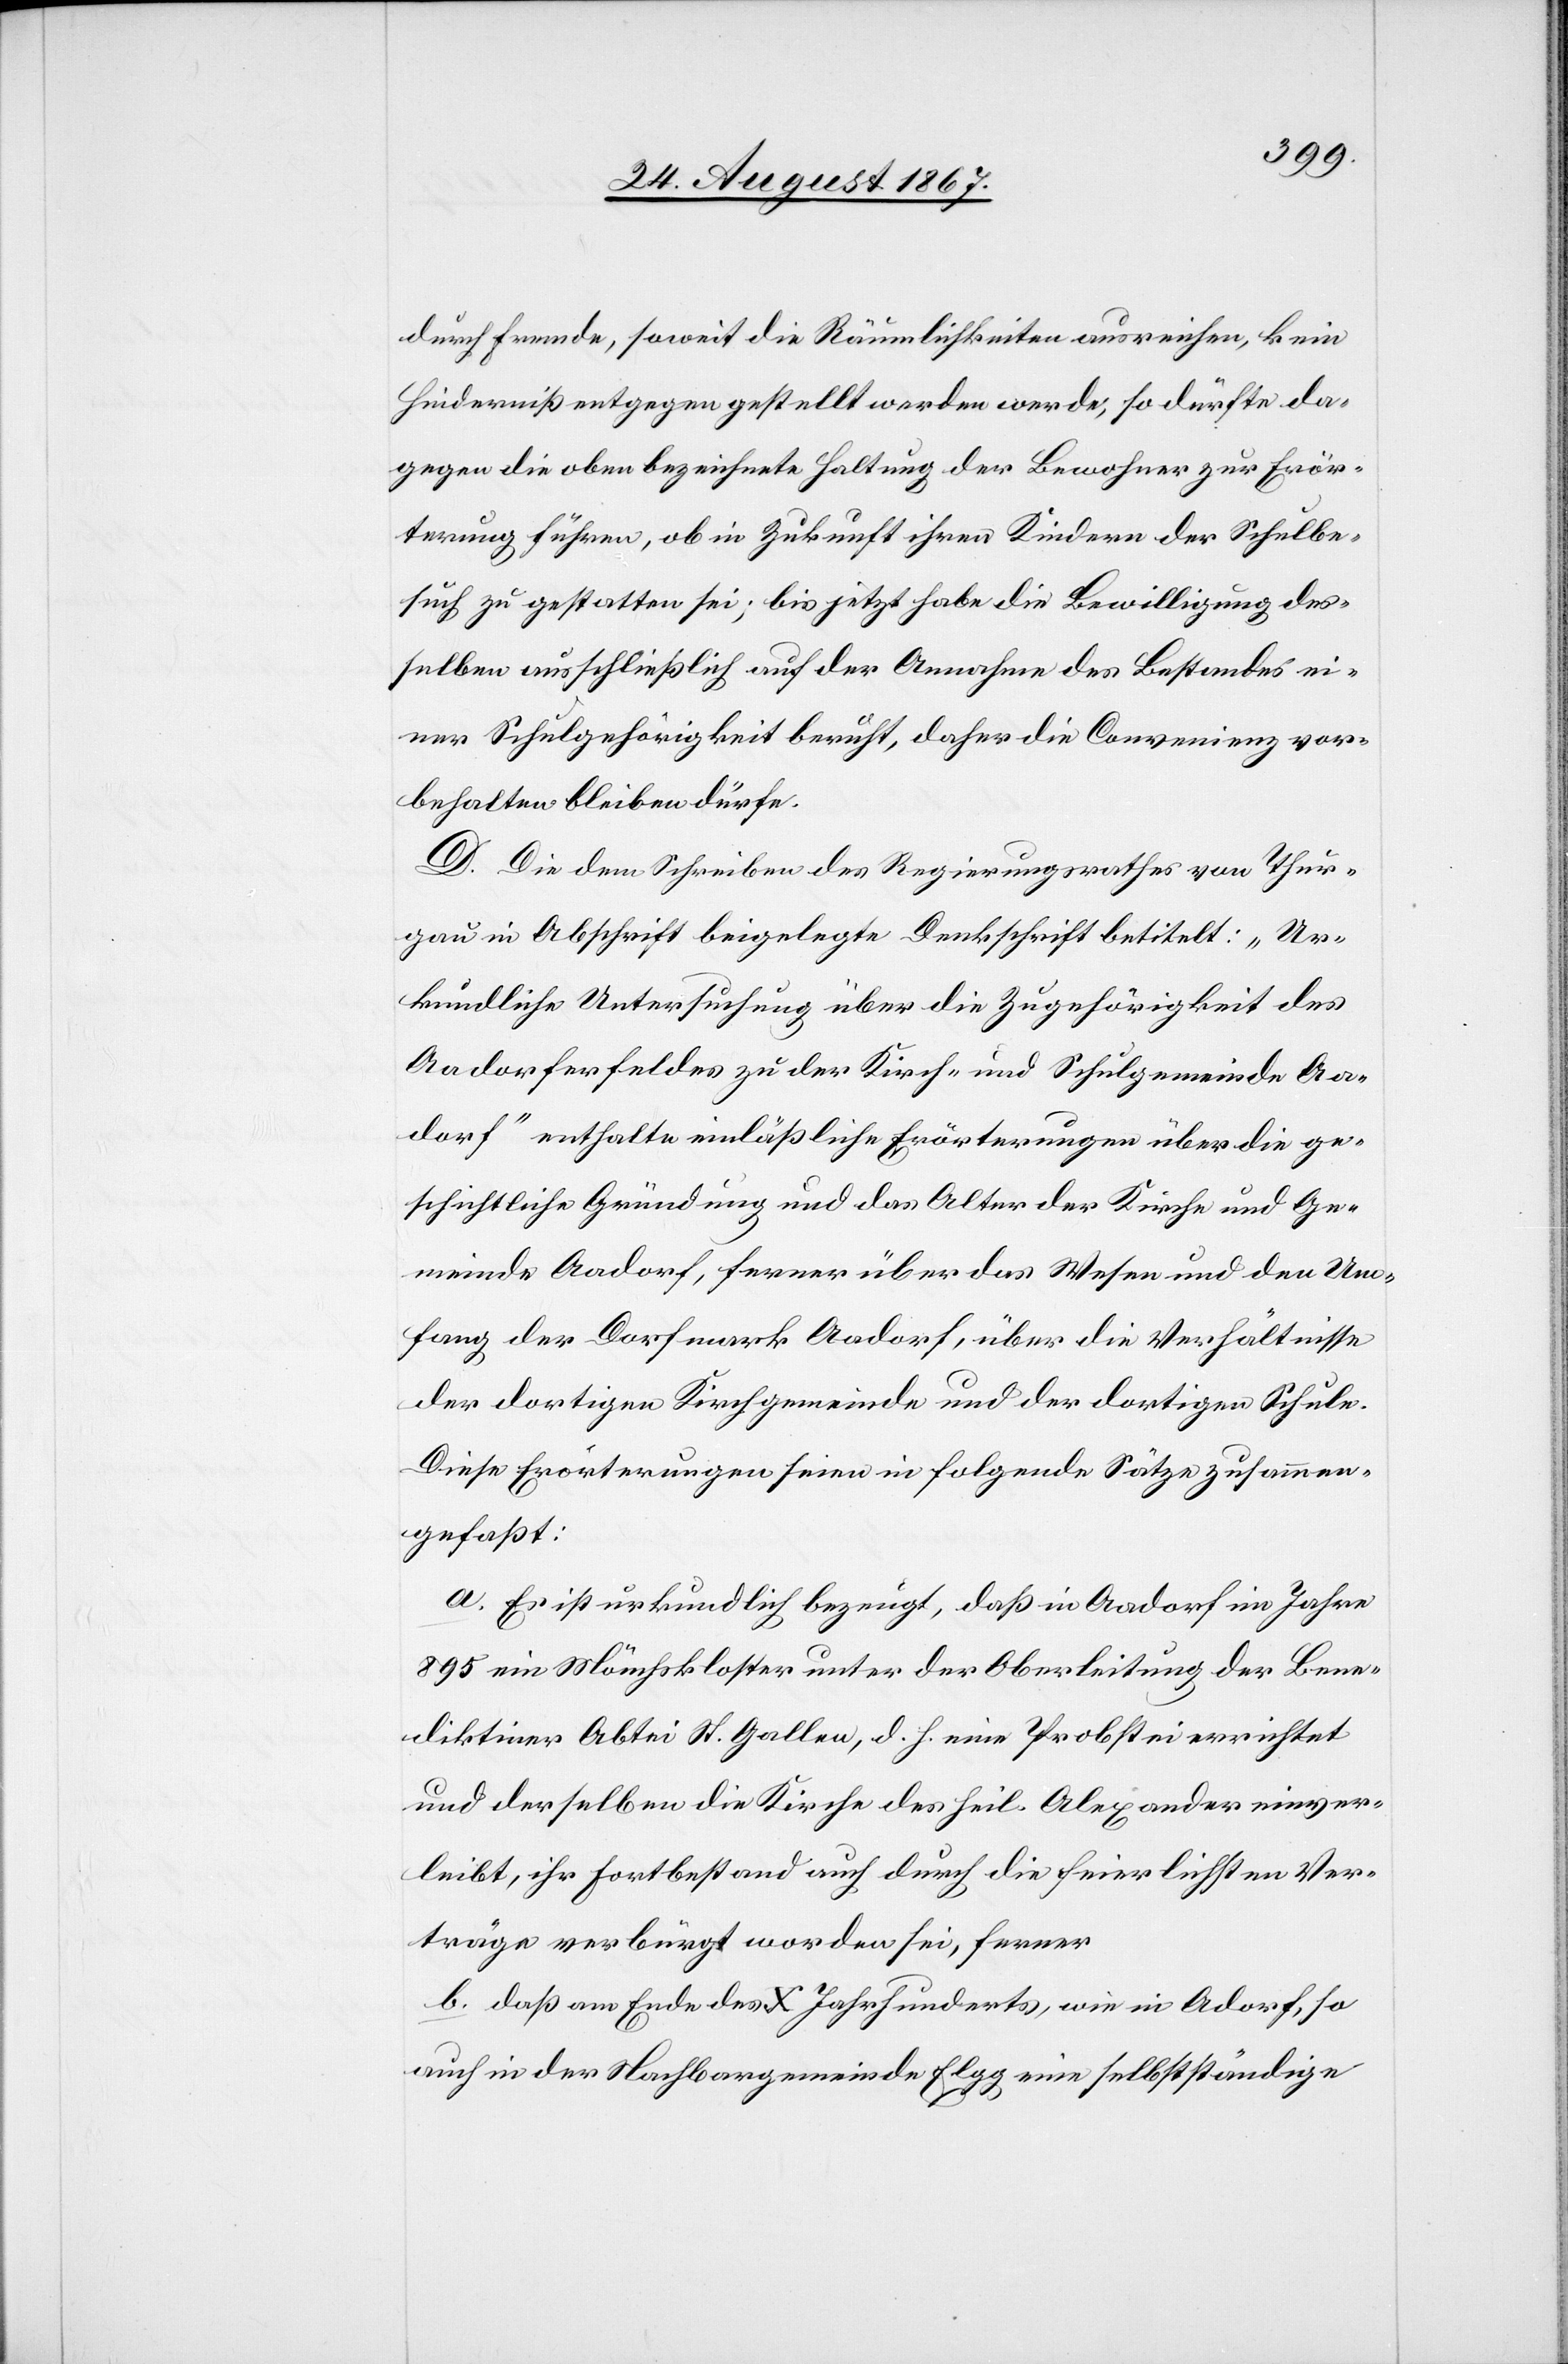
durch fremde, soweit die Räumlichkeiten ausreichen, kein
Hinderniß entgegen gestellt werden werde, so dürfte da¬
gegen die oben bezeichnete Haltung der Bewohner zur Erör¬
terung führen, ob in Zukunft ihren Kindern der Schulbe¬
such zu gestatten sei; bis jetzt habe die Bewilligung des¬
selben ausschließlich auf der Annahme des Bestandes ei¬
ner Schulgehörigkeit beruht, daher die Convenienz vor¬
behalten bleiben dürfe.
D. Die dem Schreiben des Regierungsrathes von Thur¬
gau in Abschrift beigelegte Denkschrift betitelt: „Ur¬
kundliche Untersuchung über die Zugehörigkeit des
Aadorferfeldes zu der Kirch- und Schulgemeinde Aa¬
dorf“ enthalte einläßliche Erörterungen über die ge¬
schichtliche Gründung und das Alter der Kirche und Ge¬
meinde Aadorf, ferner über das Wesen und den Um¬
fang der Dorfmark Aadorf, über die Verhältnisse
der dortigen Kirchgemeinde und der dortigen Schule.
Diese Erörterungen seien in folgende Sätze zusammen¬
gefaßt:
a. Es ist urkundlich bezeugt, daß in Aadorf im Jahre
895 ein Mönchskloster unter der Oberleitung der Bene¬
diktiner Abtei St. Gallen, d. h. eine Probstei errichtet
und derselben die Kirche des heil. Alexander einver¬
leibt, ihr Fortbestand auch durch die feierlichsten Ver¬
träge verbürgt worden sei, ferner
b. daß am Ende des X Jahrhunderts, wie in Aadorf, so
auch in der Nachbargemeinde Elgg eine selbstständige